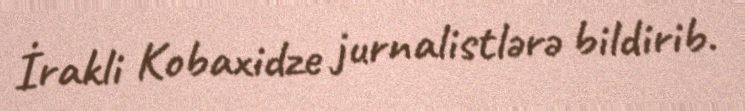
İrakli Kobaxidze jurnalistlərə bildirib.